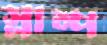
স্লাম্প